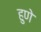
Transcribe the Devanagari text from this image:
हुणे